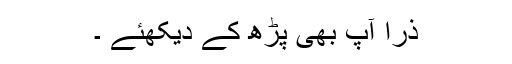
ذرا آپ بھی پڑھ کے دیکھئے ۔